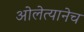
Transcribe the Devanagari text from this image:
ओलेत्यानेच